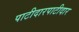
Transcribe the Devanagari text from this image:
पाटीदारपाटीदार